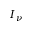
I _ { \nu }